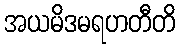
အယမိဒမရဟတီတိ